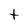
Character: t